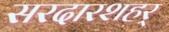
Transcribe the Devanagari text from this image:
सरदारशहर्